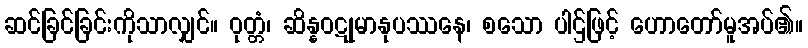
ဆင်ခြင်ခြင်းကိုသာလျှင်။ ဝုတ္တံ၊ ဆိန္နဝဋုမာနုပဿနေ၊ စသော ပါဌ်ဖြင့် ဟောတော်မူအပ်၏။